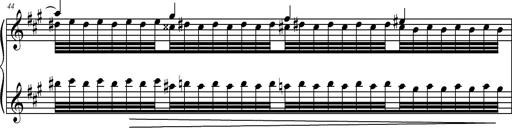
Title: 2 LÃ©gendes
Composer: Franz Liszt